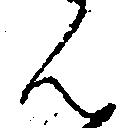
ん